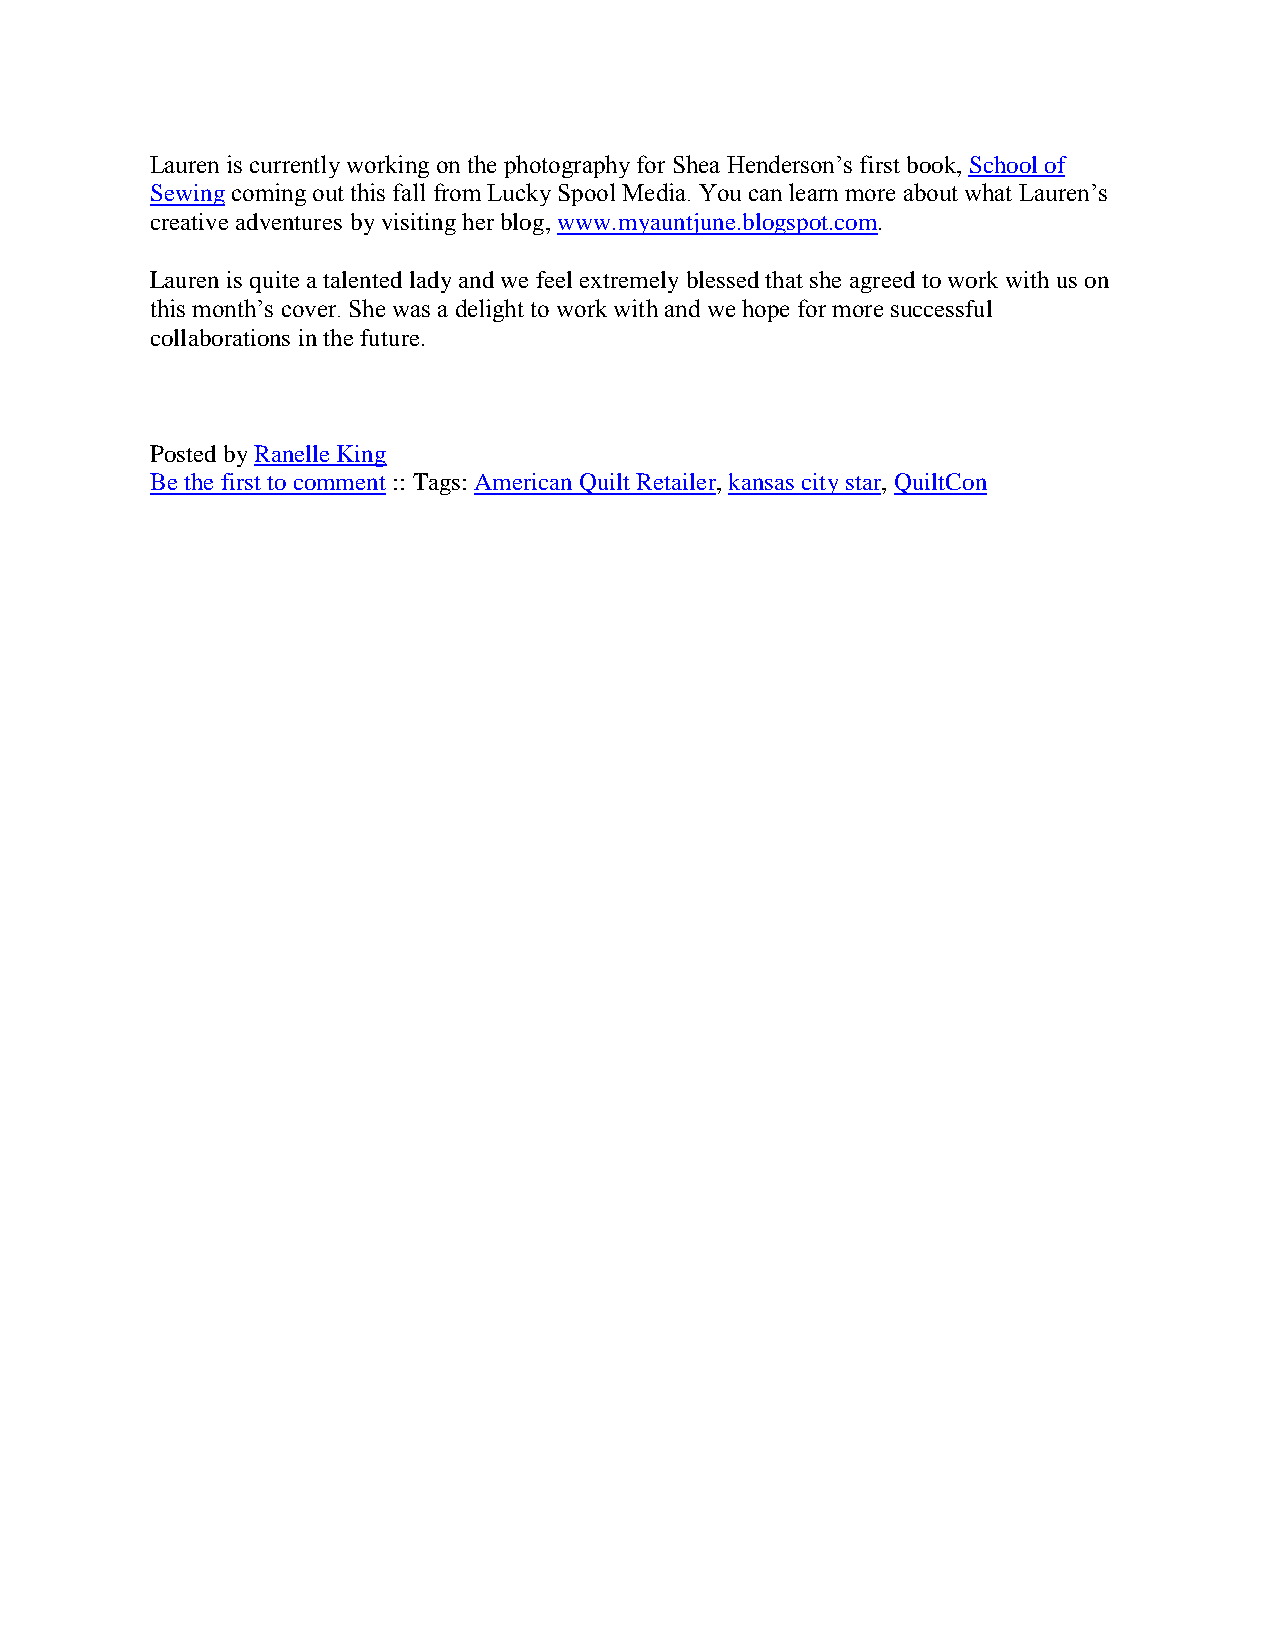
Lauren is currently working on the photography for Shea Henderson’s first book, School of
 Sewing coming out this fall from Lucky Spool Media. You can learn more about what Lauren’s
 creative adventures by visiting her blog, www.myauntjune.blogspot.com.
 Lauren is quite a talented lady and we feel extremely blessed that she agreed to work with us on
 this month’s cover. She was a delight to work with and we hope for more successful
 collaborations in the future.
 Posted by Ranelle King
 Be the first to comment :: Tags: American Quilt Retailer, kansas city star, QuiltCon